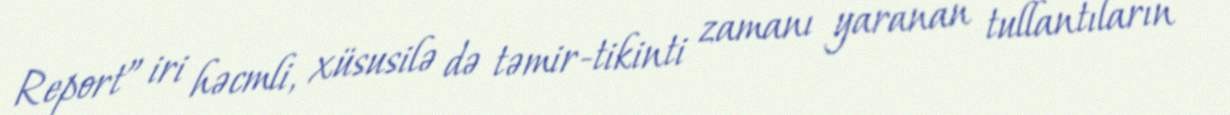
Report” iri həcmli, xüsusilə də təmir-tikinti zamanı yaranan tullantıların